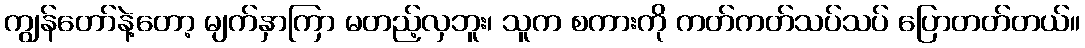
ကျွန်တော်နဲ့တော့ မျက်နှာကြာ မတည့်လှဘူး၊ သူက စကားကို ကတ်ကတ်သပ်သပ် ပြောတတ်တယ်။